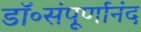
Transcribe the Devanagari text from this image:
डॉ॰संपूर्णानंद